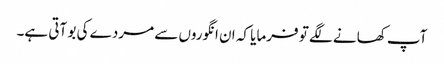
آپ کھانے لگے تو فرمایا کہ ان انگوروں سے مردے کی بو آتی ہے۔